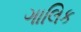
ગાલિક